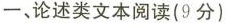
一.论述类文本阅读(9分)